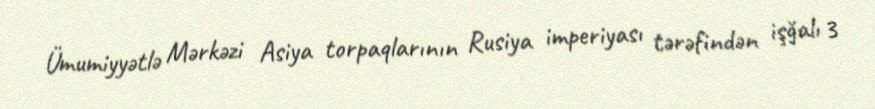
Ümumiyyətlə Mərkəzi Asiya torpaqlarının Rusiya imperiyası tərəfindən işğalı 3